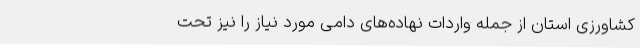
کشاورزی استان از جمله واردات نهاده‌های دامی مورد نیاز را نیز تحت